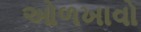
ઓળખાવો